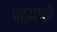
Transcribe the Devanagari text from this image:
पेढ्यांची